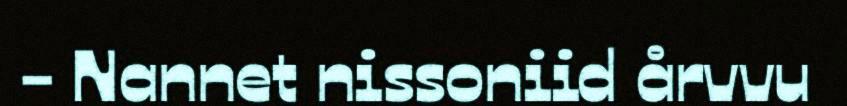
- Nannet nissoniid årvvu